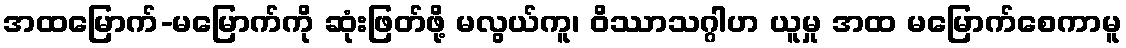
အထမြောက်-မမြောက်ကို ဆုံးဖြတ်ဖို့ မလွယ်ကူ၊ ဝိဿာသဂ္ဂါဟ ယူမှု အထ မမြောက်စေကာမူ